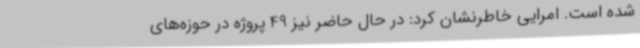
شده است. امرایی خاطرنشان کرد: در حال حاضر نیز 49 پروژه در حوزه‌های